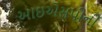
આઇએસપીની